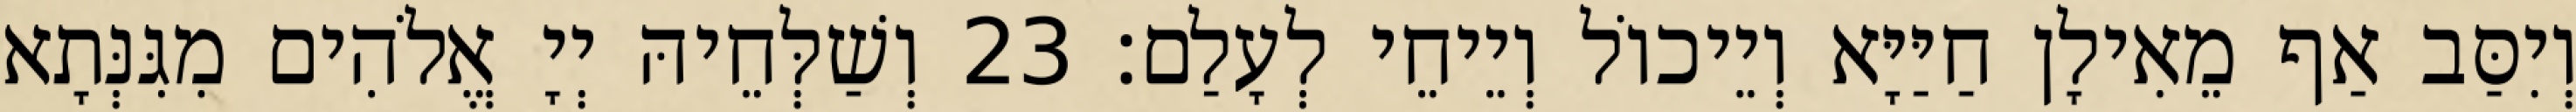
וְיִסַּב אַף מֵאִילָן חַיַּיָּא וְיֵיכוֹל וְיֵיחֵי לְעָלַם׃ 23 וְשַׁלְּחֵיהּ יְיָ אֱלֹהִים מִגִּנְּתָא